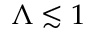
\Lambda \lesssim 1